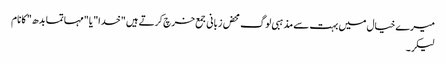
میرے خیال میں بہت سے مذہبی لوگ محض زبانی جمع خرچ کرتے ہیں "خدا" یا "مہاتما بدھ" کا نام
لیکر۔